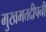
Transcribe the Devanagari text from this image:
मुखमत्तदीपनी